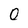
Character: 0